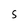
Character: S